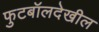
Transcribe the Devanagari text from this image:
फुटबॉलदेखील